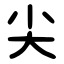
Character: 尖